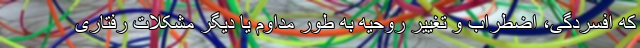
که افسردگی، اضطراب و تغییر روحیه به طور مداوم یا دیگر مشکلات رفتاری